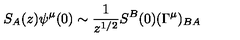
S _ { A } ( z ) \psi ^ { \mu } ( 0 ) \sim { \frac { 1 } { z ^ { 1 / 2 } } } S ^ { B } ( 0 ) ( \Gamma ^ { \mu } ) _ { B A }